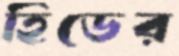
হিডের